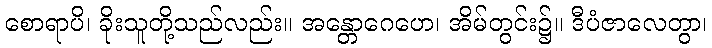
စောရာပိ၊ ခိုးသူတို့သည်လည်း။ အန္တောဂေဟေ၊ အိမ်တွင်း၌။ ဒီပံဇာလေတွာ၊